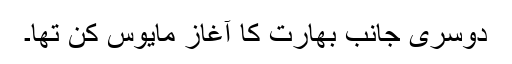
دوسری جانب بھارت کا آغاز مایوس کن تھا۔